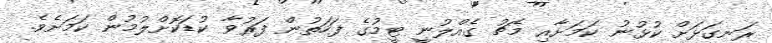
ރަނގަޅަށް ކުޅުނު ކަމަށާއި މެޗު ގެއްލުނީ ޓީމުގެ ފަހަތުން ފަރުވާ ކުޑަކޮށްލުމުން ކަމަށެވެ.